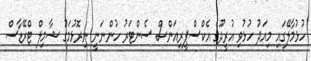
ހުޅުމާލޭގައި މިއަދު ހުޅުވި އުރީދޫގެ އެކްސްޕީރިއަންސް ސެންޓަރު ހުންނަނީ ނިރޮޅުމަގު ޝާމިލް ޓްރޭޑާސް